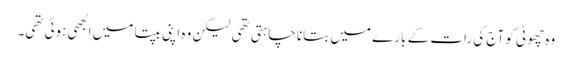
وہ چھوٹی کو آج کی رات کے بارے میں بتانا چاہتی تھی لیکن وہ اپنی بپتا میں الجھی ہوئی تھی۔